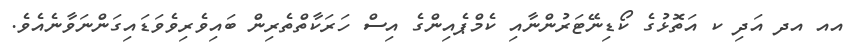
އއ އދ އަދި ކ އަތޮޅުގެ ކޯޑިނޭޓަރުންނާއި ކެމްޕެއިންގެ އިސް ހަރަކާތްތެރިން ބައިވެރިވެވަޑައިގަންނަވާނެއެވެ.